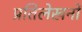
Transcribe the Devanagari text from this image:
प्रतिलेखनों